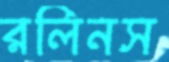
রলিনস